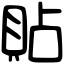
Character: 貼